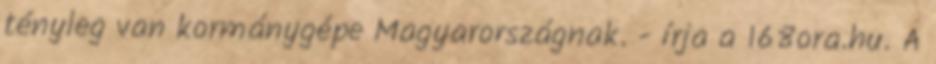
tényleg van kormánygépe Magyarországnak. - írja a 168ora.hu. A